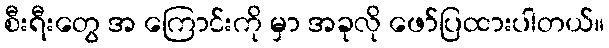
စီးရီးတွေ အ ကြောင်းကို မှာ အခုလို ဖော်ပြထားပါတယ်။